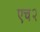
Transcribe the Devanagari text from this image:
एच२